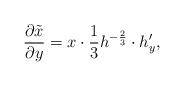
LaTeX: \begin{align*}\frac{\partial \tilde x}{\partial y} = x\cdot \frac{1}{3} h^{-\frac{2}{3}}\cdot h_y',\end{align*}